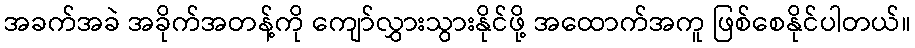
အခက်အခဲ အခိုက်အတန့်ကို ကျော်လွှားသွားနိုင်ဖို့ အထောက်အကူ ဖြစ်စေနိုင်ပါတယ်။